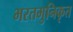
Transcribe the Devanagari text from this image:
भरतमुनिकृत